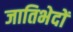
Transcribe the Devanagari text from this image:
जातिभेदों